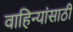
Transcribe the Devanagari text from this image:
वाहिन्यांसाठी